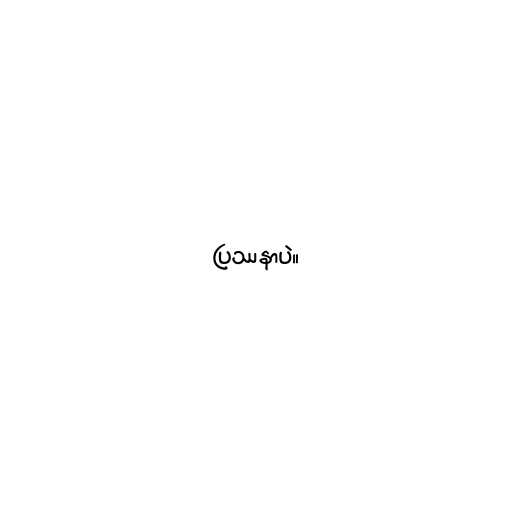
ပြဿနာပဲ။